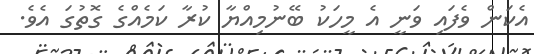
އެކަން ވެފައި ވަނީ އެ މީހަކު ބޭނުމިއްޔާ ކުރާ ކަމެއްގެ ގޮތުގަ އެވެ.